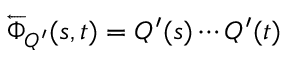
\overleftarrow { \Phi } _ { Q ^ { \prime } } ( s , t ) = Q ^ { \prime } ( s ) \cdots Q ^ { \prime } ( t )